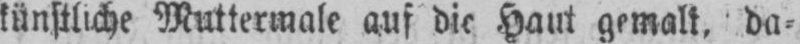
künstliche Muttermale auf die Haut gemalt, da⸗